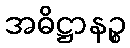
အဓိဋ္ဌာနဉ္စ